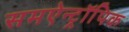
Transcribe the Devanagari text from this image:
समऐन्ट्रॉपिक